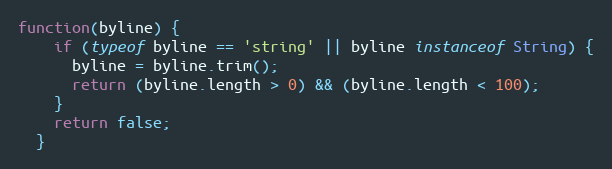
Language: JavaScript
function(byline) {
    if (typeof byline == 'string' || byline instanceof String) {
      byline = byline.trim();
      return (byline.length > 0) && (byline.length < 100);
    }
    return false;
  }